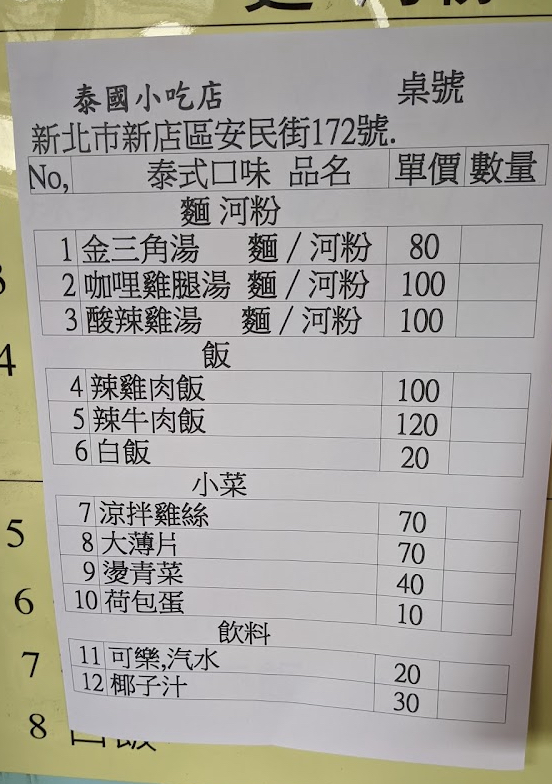
餐廳：泰國小吃店
地址：新北市新店區安民街172號
菜單：
name: 金三角湯麵/河粉
price: 80
name: 咖哩雞腿湯麵/河粉
price: 100
name: 酸辣雞湯麵/河粉
price: 100
name: 辣雞肉飯
price: 100
name: 辣牛肉飯
price: 120
name: 白飯
price: 20
name: 涼拌雞絲
price: 70
name: 大薄片
price: 70
name: 燙青菜
price: 40
name: 荷包蛋
price: 10
name: 可樂，汽水
price: 20
name: 椰子汁
price: 30